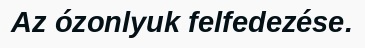
Az ózonlyuk felfedezése.